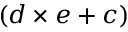
( d \times e + c )